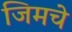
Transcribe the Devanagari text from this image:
जिमचे